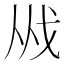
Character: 𢦜